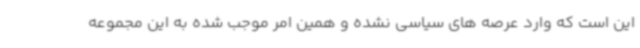
این است که وارد عرصه های سیاسی نشده و همین امر موجب شده به این مجموعه